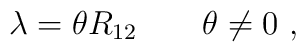
\lambda = \theta R_{12}\qquad \theta \neq 0~,